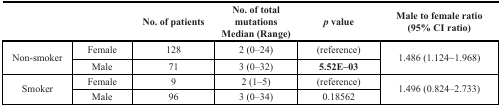
<table><thead><tr><td></td><td></td><td><b>No. of patients</b></td><td><b>No. of total mutations Median (Range)</b></td><td><b><i>p</i> value</b></td><td><b>Male to female ratio (95% CI ratio)</b></td></tr></thead><tbody><tr><td rowspan="2">Non-smoker</td><td>Female</td><td>128</td><td>2 (0–24)</td><td>(reference)</td><td rowspan="2">1.486 (1.124~1.968)</td></tr><tr><td>Male</td><td>71</td><td>3 (0–32)</td><td><b>5.52E–03</b></td></tr><tr><td rowspan="2">Smoker</td><td>Female</td><td>9</td><td>2 (1–5)</td><td>(reference)</td><td rowspan="2">1.496 (0.824–2.733)</td></tr><tr><td>Male</td><td>96</td><td>3 (0–34)</td><td>0.18562</td></tr></tbody></table>